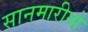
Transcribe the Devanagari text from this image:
सानमारीनो